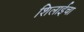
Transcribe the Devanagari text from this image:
शिलाईचा